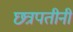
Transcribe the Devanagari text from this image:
छत्रपतीनी